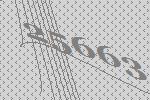
25663